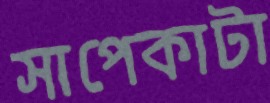
সাপেকাটা